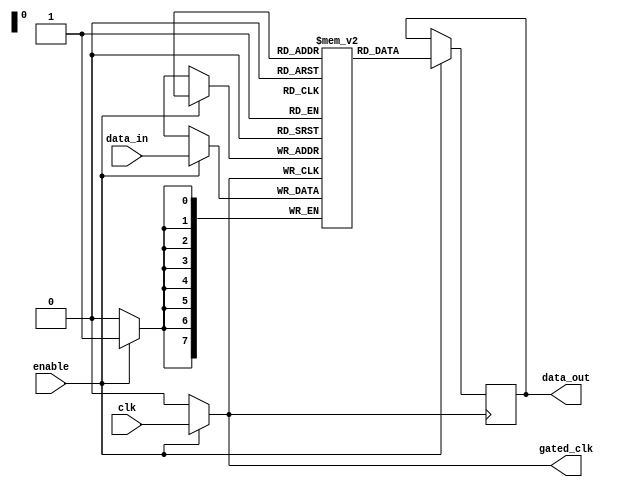
module memory_block (
    input wire clk,            // Original clock signal
    input wire enable,         // Enable signal for clock gating
    input wire [7:0] data_in,  // Data input for the memory block
    output reg [7:0] data_out, // Data output from the memory block
    output wire gated_clk      // Gated clock signal
);

// Memory storage (example: 256 x 8-bit SRAM)
reg [7:0] memory [0:255];
reg [7:0] address; // Address for memory access

// Clock Gating Logic
assign gated_clk = enable ? clk : 1'b0;

// Memory operation
always @(posedge gated_clk) begin
    if (enable) begin
        // Example memory write operation
        memory[address] <= data_in; // Write data to memory
        data_out <= memory[address];  // Read data from memory
    end
end

endmodule